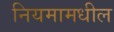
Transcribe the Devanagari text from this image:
नियमामधील